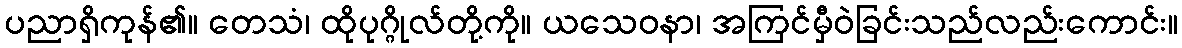
ပညာရှိကုန်၏။ တေသံ၊ ထိုပုဂ္ဂိုလ်တို့ကို။ ယသေဝနာ၊ အကြင်မှီဝဲခြင်းသည်လည်းကောင်း။